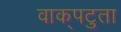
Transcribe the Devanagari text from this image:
वाक्‌पटुता